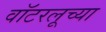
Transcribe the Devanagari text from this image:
वॉटरलूच्या